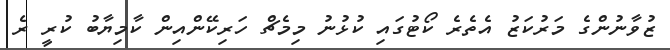
ޒުވާނުންގެ މަރުކަޒު އެތެރެ ކޯޓުގައި ކުޅުނު މިމެޗް ހަރިކޭންއިން ކާމިޔާބު ކުރީ ރެ